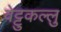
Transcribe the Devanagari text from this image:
वेट्टुकल्लु